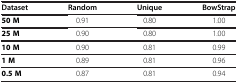
<table><thead><tr><td><b>Dataset</b></td><td><b>Random</b></td><td><b>Unique</b></td><td><b>BowStrap</b></td></tr></thead><tbody><tr><td><b>50 M</b></td><td>0.91</td><td>0.80</td><td>1.00</td></tr><tr><td><b>25 M</b></td><td>0.90</td><td>0.80</td><td>1.00</td></tr><tr><td><b>10 M</b></td><td>0.90</td><td>0.81</td><td>0.99</td></tr><tr><td><b>1 M</b></td><td>0.89</td><td>0.81</td><td>0.96</td></tr><tr><td><b>0.5 M</b></td><td>0.87</td><td>0.81</td><td>0.94</td></tr></tbody></table>